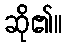
ဆို၏။